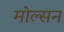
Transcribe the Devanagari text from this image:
मोल्सन